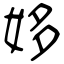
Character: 姼